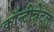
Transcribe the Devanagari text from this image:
कॉन्टीन्नेटल